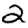
Digit: 2